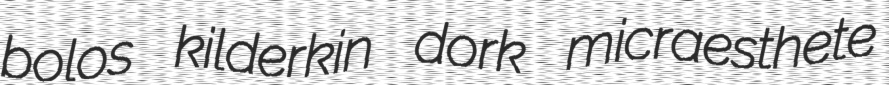
bolos kilderkin dork micraesthete